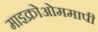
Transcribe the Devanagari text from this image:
माइक्रोओममापी